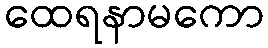
ထေရနာမကော